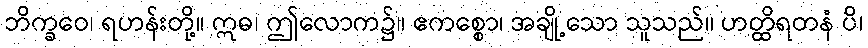
ဘိက္ခဝေ၊ ရဟန်းတို့။ ဣဓ၊ ဤလောက၌။ ဧကစ္စော၊ အချို့သော သူသည်။ ဟတ္ထိရတနံ ပိ၊